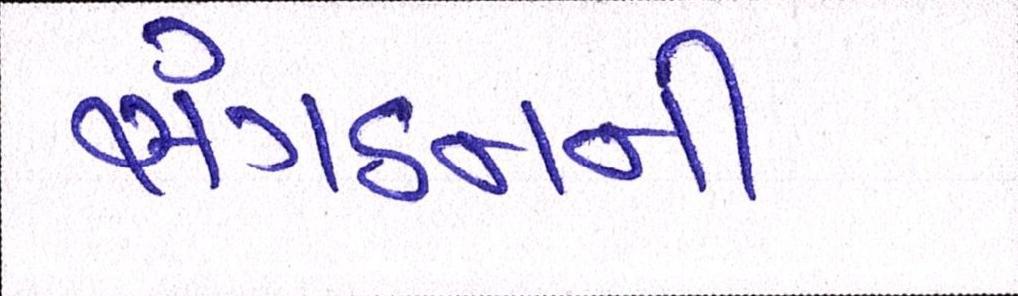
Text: સંગઠનની